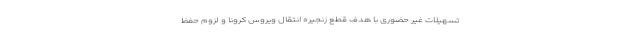
تسهیلات غیر حضوری با هدف قطع زنجیره انتقال ویروس کرونا و لزوم حفظ